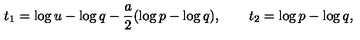
t _ { 1 } = \log u - \log q - \frac { a } { 2 } ( \log p - \log q ) , \qquad t _ { 2 } = \log p - \log q ,